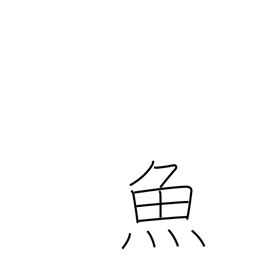
Meaning: fish